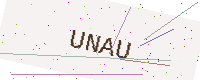
Text: UNAU